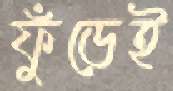
ফুঁড়েই